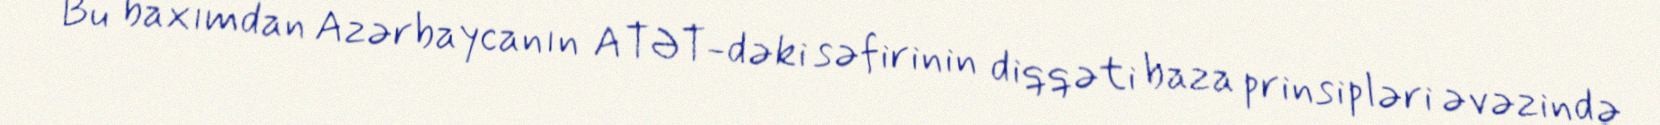
Bu baxımdan Azərbaycanın ATƏT-dəki səfirinin diqqəti baza prinsipləri əvəzində